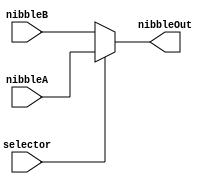
module Mux4Bit2Input (
    // Inputs
    input selector,
    input [3:0] nibbleA,
    input [3:0] nibbleB,
    // Outputs
    output reg [3:0] nibbleOut
    );

    always @(*) begin
        if (selector) begin
            nibbleOut = nibbleA; // In this case, high DIP input
        end else begin
            nibbleOut = nibbleB; // In this case, low DIP input
        end
    end
endmodule